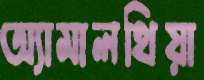
অ্যামালথিয়া